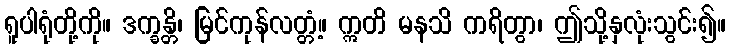
ရူပါရုံတို့ကို။ ဒက္ခန္တိ၊ မြင်ကုန်လတ္တံ့။ ဣတိ မနသိ ကရိတွာ၊ ဤသို့နှလုံးသွင်း၍။